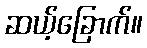
ဆယ့်ခြောက်။